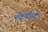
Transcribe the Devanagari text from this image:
मलकोंगम्